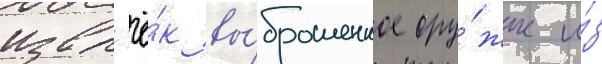
извл'ё́к вы́брошенное ору́жие и́з